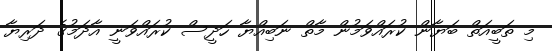
މި ތަބީއަތް ބަޔާން ކުރައްވަމުން މާތް ނަބިއްޔާ ހަދީސް ކުރައްވަނީ އާދަމުގެ ދަރިޔާ